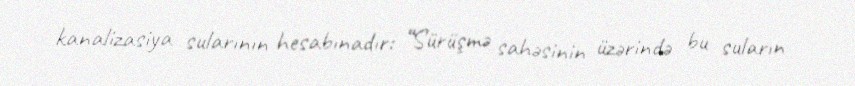
kanalizasiya sularının hesabınadır: “Sürüşmə sahəsinin üzərində bu suların